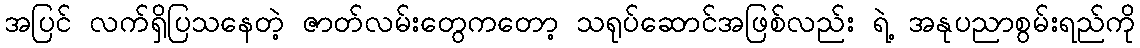
အပြင် လက်ရှိပြသနေတဲ့ ဇာတ်လမ်းတွေကတော့ သရုပ်ဆောင်အဖြစ်လည်း ရဲ့ အနုပညာစွမ်းရည်ကို